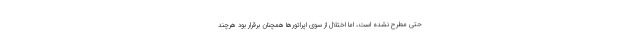
حتی مطرح نشده است، اما اختلال از سوی اپراتورها همچنان برقرار بود هرچند